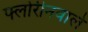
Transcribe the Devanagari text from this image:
फ्लोरीनवाले